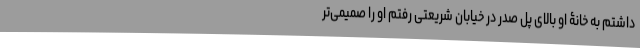
داشتم به خانۀ او بالای پل صدر در خیابان شریعتی رفتم او را صمیمی‌تر